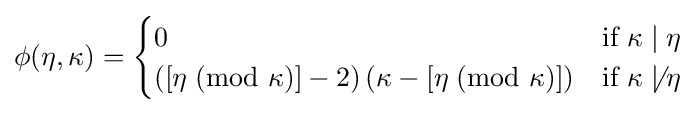
\phi (\eta ,\kappa )={\begin{cases}0&{\text{if }}\kappa \mid \eta \\\left(\left[\eta \;({\text{mod }}\kappa )\right]-2\right)\left(\kappa -\left[\eta \;({\text{mod }}\kappa )\right]\right)&{\text{if }}\kappa \not \mid \eta \\\end{cases}}